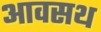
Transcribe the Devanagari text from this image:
आवसथ